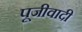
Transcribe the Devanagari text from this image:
पूजीवादी